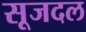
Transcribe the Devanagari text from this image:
सूजदल